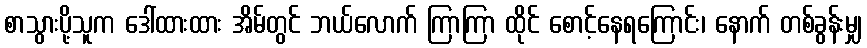
စာသွားပို့သူက ဒေါ်ထားထား အိမ်တွင် ဘယ်လောက် ကြာကြာ ထိုင် စောင့်နေရကြောင်း၊ နောက် တစ်ခွန်းမျှ